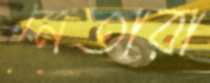
নেতারা